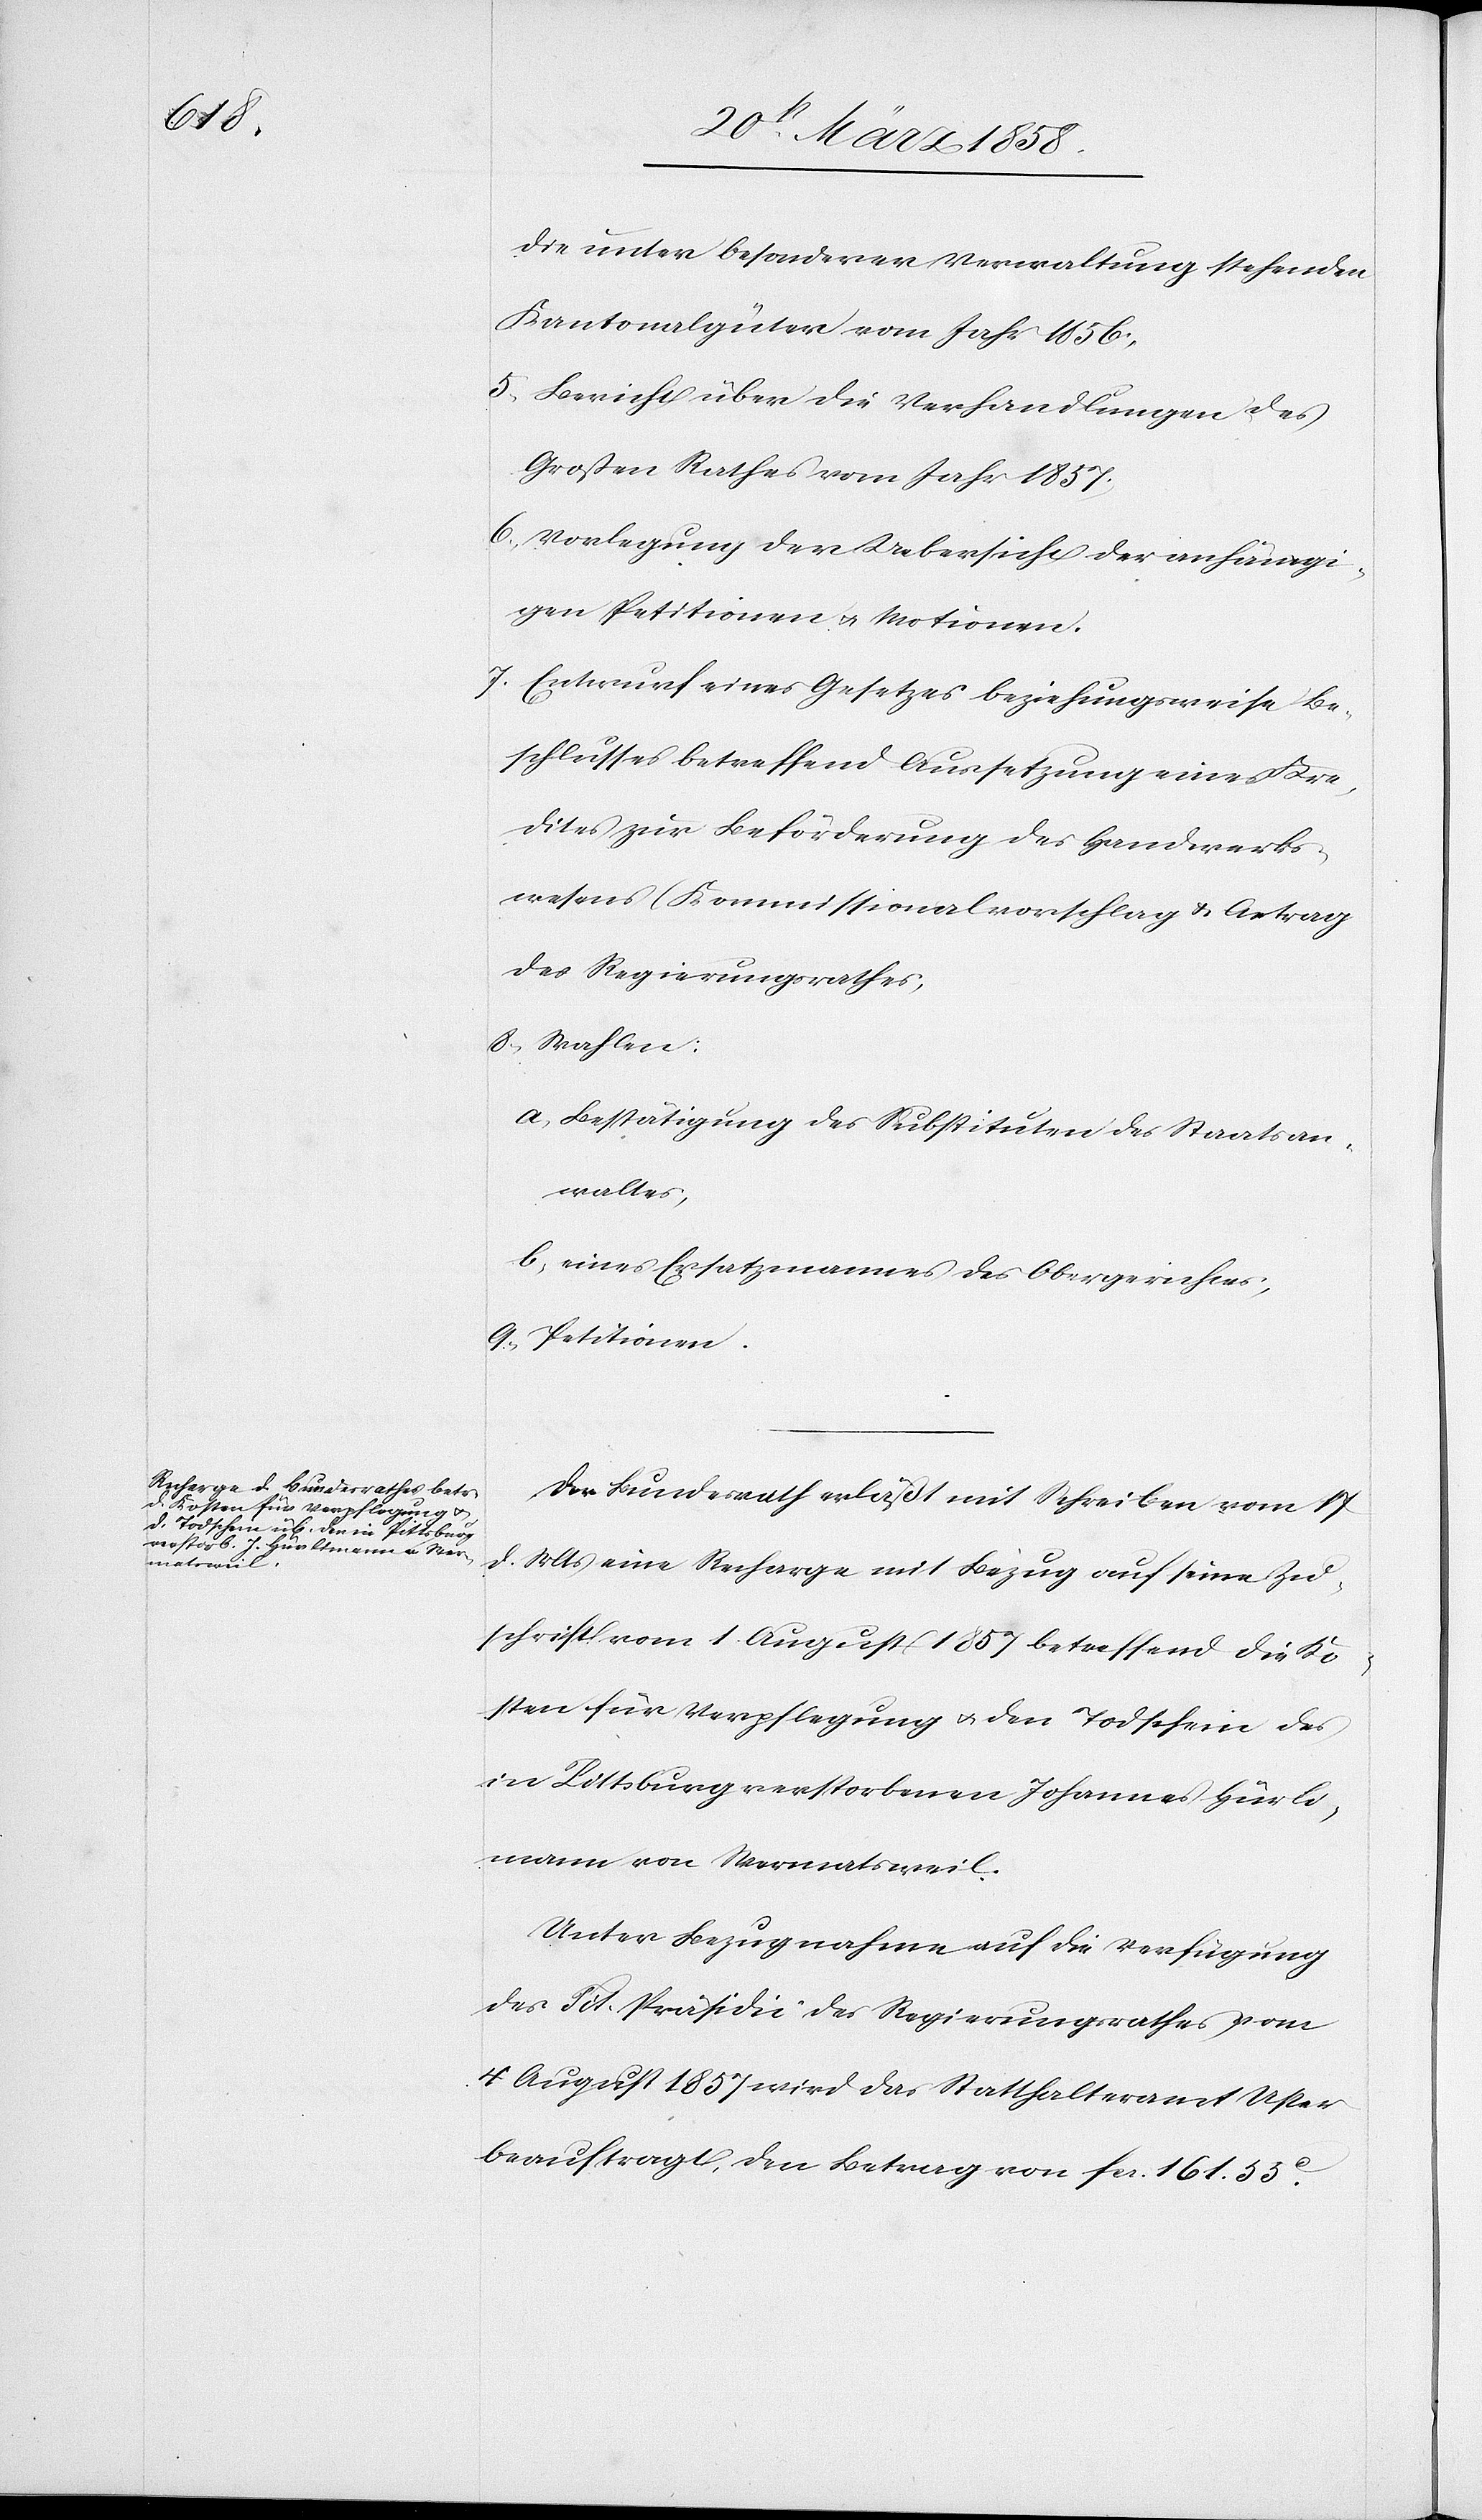
die unter besonderer Verwaltung stehenden
Kantonalgüter vom Jahr 1856;
5. Bericht über die Verhandlungen des
Großen Rathes vom Jahr 1857;
6. Vorlegung der Uebersicht der anhängi¬
gen Petitionen u. Motionen.
7. Entwurf eines Gesetzes beziehungsweise Be¬
schlusses betreffend Aussetzung eines Kre¬
dites zur Beförderung des Handwerks¬
wesens (Kommissionalvorschlag u. Antrag
des Regierungsrathes[)];
8. Wahlen:
a) Bestätigung des Substituten des Staatsan¬
waltes,
b) eines Ersatzmannes des Obergerichtes;
9. Petitionen.
Der Bundesrath erläßt mit Schreiben vom 17.
d. Mts. eine Recharge mit Bezug auf seine Zu¬
schrift vom 1. August 1857 betreffend die Ko¬
sten für Verpflegung u. den Todschein des
in Pittsburg verstorbenen Johannes Hürli¬
mann von Wermatsweil.
Unter Bezugnahme auf die Verfügung
des Tit. Präsidii des Regierungsrathes vom
4. August 1857 wird das Statthalteramt Uster
beauftragt, den Betrag von fcs. 161.55C